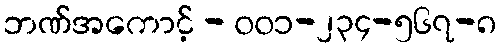
ဘဏ်အကောင့် - ၀၀၁-၂၃၄-၅၆၇-၈